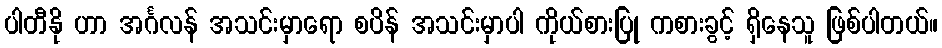
ပါတီနို ဟာ အင်္ဂလန် အသင်းမှာရော စပိန် အသင်းမှာပါ ကိုယ်စားပြု ကစားခွင့် ရှိနေသူ ဖြစ်ပါတယ်။